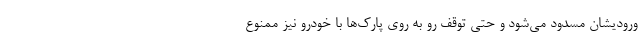
ورودیشان مسدود می‌شود و حتی توقف رو به روی پارک‌ها با خودرو نیز ممنوع